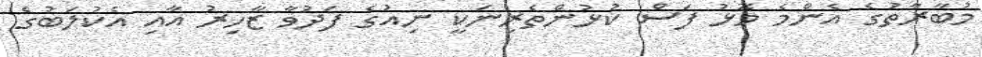
މުބާރާތުގެ އެންމެ މޮޅު ފަސް ކުޅުންތެރިނަކީ ނިއުގެ ފަދުވާ ޒާހިރު އާއި އެކުލަބުގެ